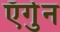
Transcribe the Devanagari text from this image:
ऍर्गुन